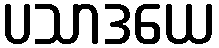
ပသာဒယေ